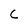
Character: C